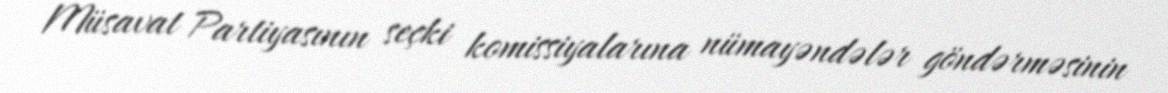
Müsavat Partiyasının seçki komissiyalarına nümayəndələr göndərməsinin